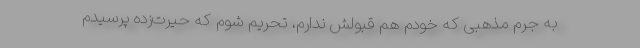
به جرم مذهبی که خودم هم قبولش ندارم، تحریم شوم که حیرت‌زده پرسیدم